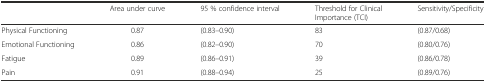
<table><thead><tr><td></td><td><b>Area under curve</b></td><td><b>95 % confidence interval</b></td><td><b>Threshold for Clinical Importance (TCI)</b></td><td><b>Sensitivity/Specificity</b></td></tr></thead><tbody><tr><td>Physical Functioning</td><td>0.87</td><td>(0.83–0.90)</td><td>83</td><td>(0.87/0.68)</td></tr><tr><td>Emotional Functioning</td><td>0.86</td><td>(0.82–0.90)</td><td>70</td><td>(0.80/0.76)</td></tr><tr><td>Fatigue</td><td>0.89</td><td>(0.86–0.91)</td><td>39</td><td>(0.86/0.78)</td></tr><tr><td>Pain</td><td>0.91</td><td>(0.88–0.94)</td><td>25</td><td>(0.89/0.76)</td></tr></tbody></table>